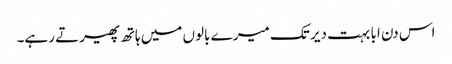
اس دن ابا بہت دیر تک میرے بالوں میں ہاتھ پھیرتے رہے۔